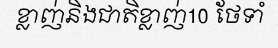
ខ្លាញ់និងជាតិខ្លាញ់10 ថែទាំ